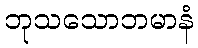
ဘုသသောဘမာနံ